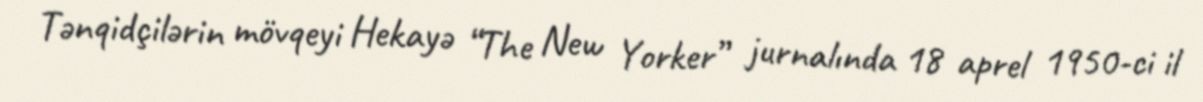
Tənqidçilərin mövqeyi Hekayə “The New Yorker” jurnalında 18 aprel 1950-ci il